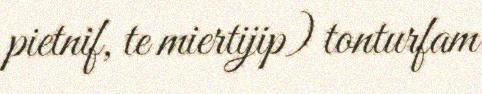
pietnif, te miertijip) tonturfam